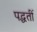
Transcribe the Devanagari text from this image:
पद्धतीं